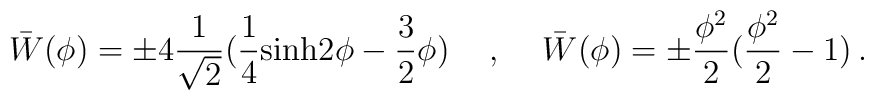
\bar{W}(\phi)=\pm 4\frac{1}{\sqrt 2}(\frac{1}{4}{\rm sinh}2\phi-\frac{3}{2}\phi ) \hspace{0.5cm},\hspace{0.5cm}\bar{W}(\phi)=\pm\frac{\phi^2}{2}(\frac{\phi^2}{2}-1)\,.